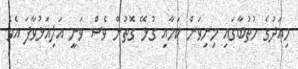
މިއަދުގެ ހުތުބާގައި މިނިވަން ކަމާއި ގުޅޭ ގޮތުން ވެސް ވަނީ އަލިއަޅުވާފަ އެވެ.